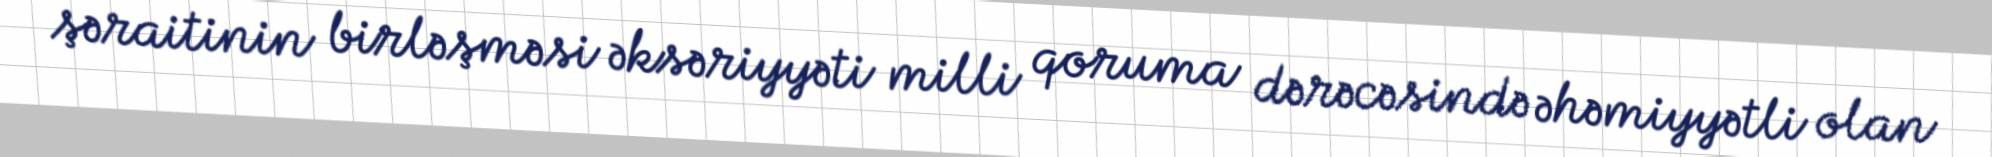
şəraitinin birləşməsi əksəriyyəti milli qoruma dərəcəsində əhəmiyyətli olan